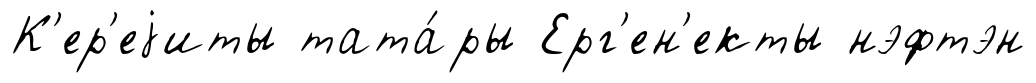
К'ер'еjиты тата́ры Ерг'ен'екты нэфтэн